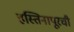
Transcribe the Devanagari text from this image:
हस्तिनापूरची